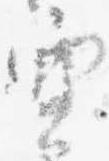
空